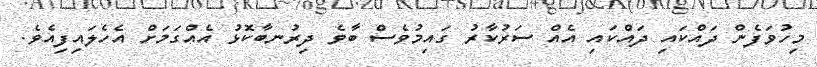
މިހުވަފެން ދައްކައި ދައްކައި އެއް ސަރުކާރު ގައިމުވެސް ބާވެ ދިރުނބާކޮޅު އެއްގަމަށް އެހެލައިފިއެވެ.